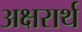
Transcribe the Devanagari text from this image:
अक्षरार्थ